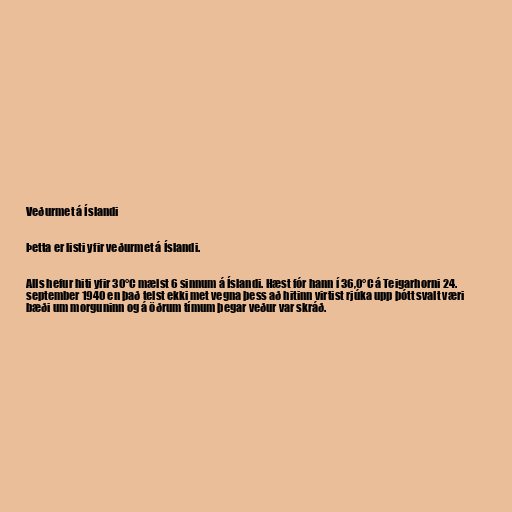
Veðurmet á Íslandi

Þetta er listi yfir veðurmet á Íslandi.

Alls hefur hiti yfir 30°C mælst 6 sinnum á Íslandi. Hæst fór hann í 36,0°C á Teigarhorni 24.
september 1940 en það telst ekki met vegna þess að hitinn virtist rjúka upp þótt svalt væri
bæði um morguninn og á öðrum tímum þegar veður var skráð.